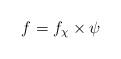
LaTeX: \begin{align*} f = f_{\chi} \times \psi \end{align*}